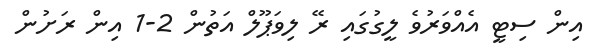
އިން ސިޓީ އެއްވަރުވެ ލީގުގައި ރޭ ލިވަޕޫލް އަތުން 2-1 އިން ރަށުން